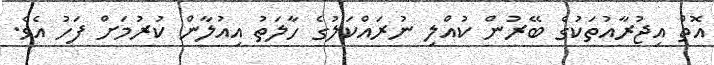
އޮތް އިޖުރާއުތަކުގެ ބޭރުން ކުއްލި ނުރައްކަލުގެ ހާލަތު އިއުލާން ކުރުމަށް ފަހު އެވެ.